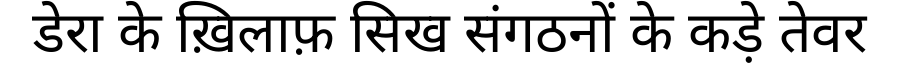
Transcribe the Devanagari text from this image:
डेरा के ख़िलाफ़ सिख संगठनों के कड़े तेवर